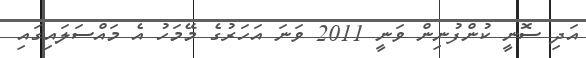
އަދި ސޮނީ ކުންފުނިން ވަނީ 2011 ވަނަ އަހަރުގެ މޭމަހު އެ މައްސަލައިގައި